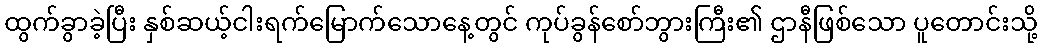
ထွက်ခွာခဲ့ပြီး နှစ်ဆယ့်ငါးရက်မြောက်သောနေ့တွင် ကုပ်ခွန်စော်ဘွားကြီး၏ ဌာနီဖြစ်သော ပူတောင်းသို့